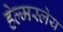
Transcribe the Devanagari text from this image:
हेल्मस्लेय